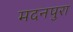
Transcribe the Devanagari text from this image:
मदनपुरा